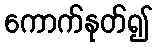
ကောက်နုတ်၍